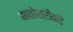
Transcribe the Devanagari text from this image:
मातोश्रीकडे